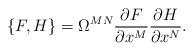
LaTeX: \begin{align*}\{F,H\}=\Omega^{MN}\frac{\partial F}{\partial x^M}\frac{\partial H}{\partial x^N}.\end{align*}